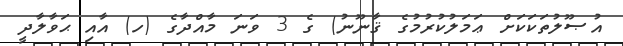
އުޞޫލުތަކަކަށް ޢަމަލުކުރުމުގެ ޤާނޫނު) ގެ 3 ވަނަ މާއްދާގެ (ހ) އާއި ޙަވާލާދީ